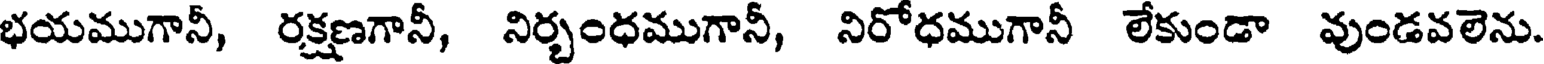
భయముగానీ, రక్షణగానీ, నిర్భంధముగానీ, నిరోధముగానీ లేకుండా వుండవలెను.